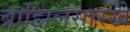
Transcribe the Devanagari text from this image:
ब्राझिलसारखे